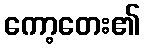
ကော့တေး၏